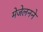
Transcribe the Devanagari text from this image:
मेजेलनने